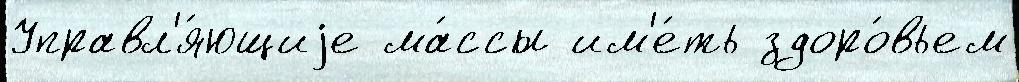
Управл'я́ющиjе ма́ссы им'е́ть здоро́вьем